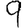
Digit: 9